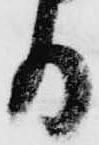
る